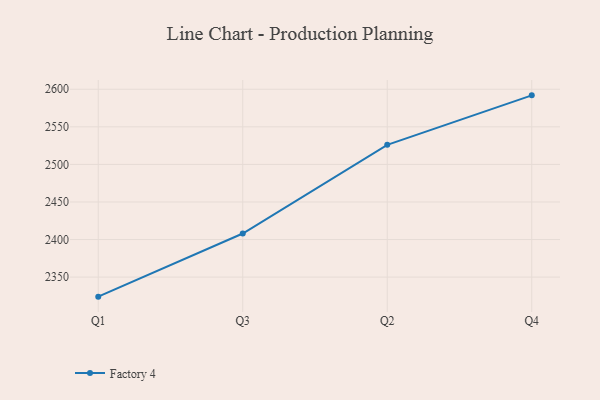
{"axis": {"x": "Quarter", "y": "Waste Production (Tons)"}, "legend": ["Factory 4"], "data": [{"x": "Q1", "y": 2324.0, "type": "Factory 4"}, {"x": "Q3", "y": 2408.0, "type": "Factory 4"}, {"x": "Q2", "y": 2526.1, "type": "Factory 4"}, {"x": "Q4", "y": 2591.9, "type": "Factory 4"}]}